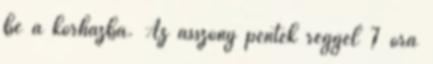
be a kórházba. Az asszony péntek reggel 7 óra